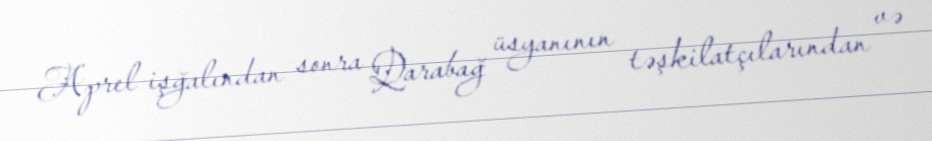
Aprel işğalından sonra Qarabağ üsyanının təşkilatçılarından və